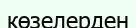
көзелерден